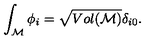
\int _ { \cal M } \phi _ { i } = \sqrt { V o l ( { \cal M } ) } \delta _ { i 0 } .